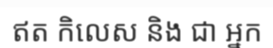
ឥត កិលេស និង ជា អ្នក